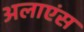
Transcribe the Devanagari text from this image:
अलाएंस